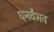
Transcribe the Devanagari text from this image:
धनवैभव